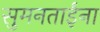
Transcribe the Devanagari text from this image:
सुमनताईंना